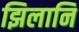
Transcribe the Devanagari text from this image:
झिलानि